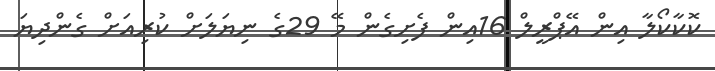
ކޮކާކޯލާ އިން އޭޕްރީލް 16އިން ފެށިގެން މޭ 29ގެ ނިޔަލަށް ކުރިއަށް ގެންދިޔަ